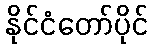
နိုင်ငံတော်ပိုင်